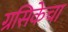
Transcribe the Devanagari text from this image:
ग्रसिकेचा